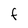
Character: F